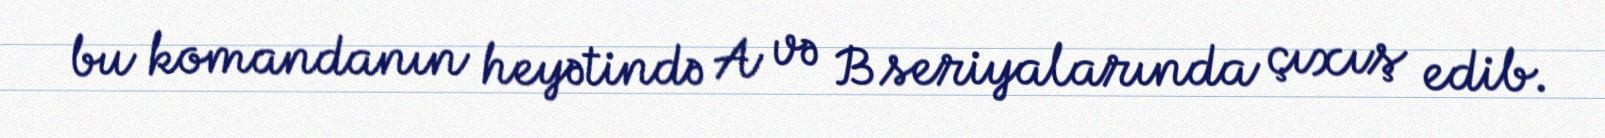
bu komandanın heyətində A və B seriyalarında çıxış edib.